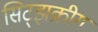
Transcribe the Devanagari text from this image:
सिट्झक्रीग